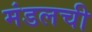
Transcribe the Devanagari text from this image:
मंडलची